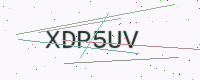
Text: XDP5UV